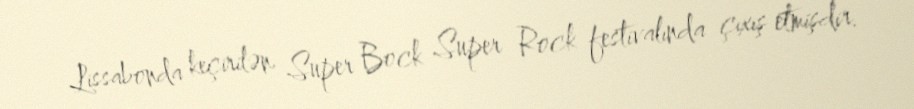
Lissabonda keçirilən Super Bock Super Rock festivalında çıxış etmişdir.